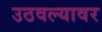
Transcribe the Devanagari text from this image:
उठवल्यावर